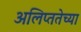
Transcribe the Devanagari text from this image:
अलिप्ततेच्या